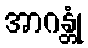
အာဂန္တုံ